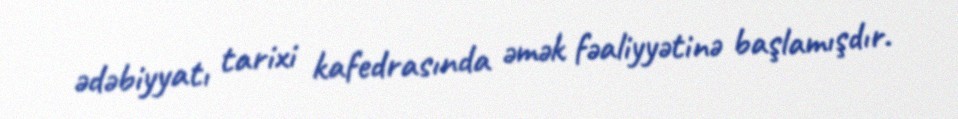
ədəbiyyatı tarixi kafedrasında əmək fəaliyyətinə başlamışdır.